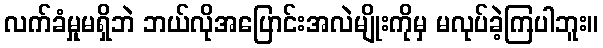
လက်ခံမှုမရှိဘဲ ဘယ်လိုအပြောင်းအလဲမျိုးကိုမှ မလုပ်ခဲ့ကြပါဘူး။